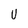
Character: U